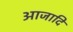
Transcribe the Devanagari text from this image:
आजादि